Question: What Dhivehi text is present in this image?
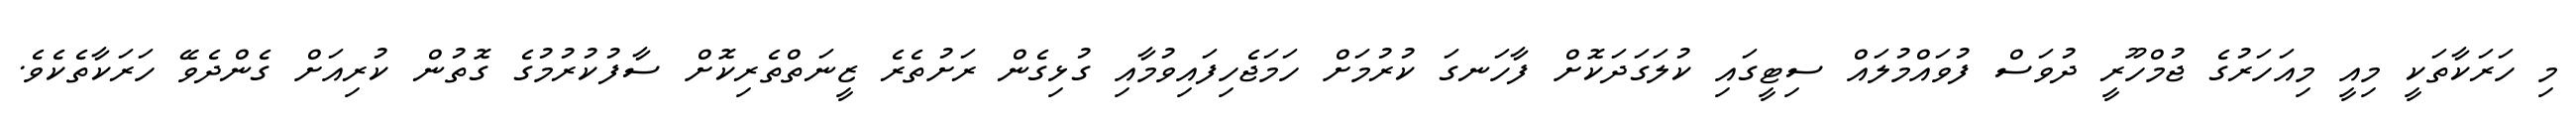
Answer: މި ހަރަކާތަކީ މިއީ މިއަހަރުގެ ޖުމްހޫރީ ދުވަސް ފުވައްމުލައް ސިޓީގައި ކުލަގަދަކޮށް ފާހަނގަ ކުރުމަށް ހަމަޖެހިފައިވުމާއި ގުޅިގެން ރަށުތެރެ ޒީނަތްތެރިކޮށް ސާފުކުރުމުގެ ގޮތުން ކުރިއަށް ގެންދެވޭ ހަރަކާތެކެވެ.